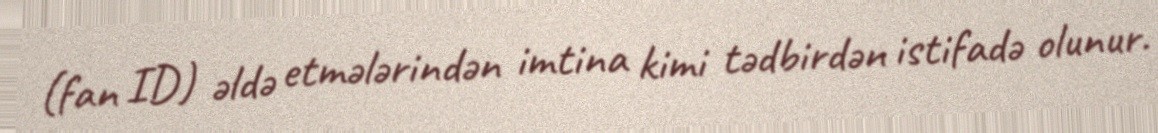
(fan ID) əldə etmələrindən imtina kimi tədbirdən istifadə olunur.